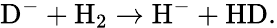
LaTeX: \mathrm{D^{-}+H_{2}\rightarrow H^{-}+HD}.